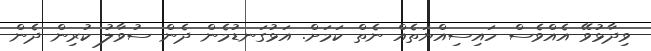
ވިދާޅުވޭ އެއްވެސް ހައިސިއްޔަތެއް ނެތް ކަމަށް. އަޅުގަނޑުމެން ދެން ސުވާލު ކުރިން ދެން